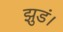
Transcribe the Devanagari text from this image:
झुडं।